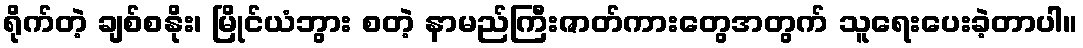
ရိုက်တဲ့ ချစ်စနိုး၊ မြိုင်ယံဘွား စတဲ့ နာမည်ကြီးဇာတ်ကားတွေအတွက် သူရေးပေးခဲ့တာပါ။